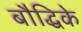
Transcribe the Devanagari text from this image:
बौद्धिके